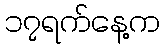
၁၇ရက်နေ့က